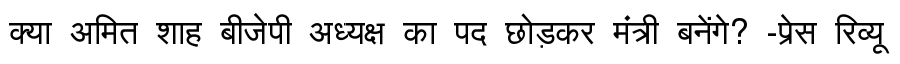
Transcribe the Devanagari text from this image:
क्या अमित शाह बीजेपी अध्यक्ष का पद छोड़कर मंत्री बनेंगे? -प्रेस रिव्यू